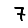
Digit: 7